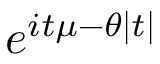
\! \, e ^ { i t \mu - \theta | t | }